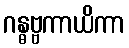
ဂန္ဓဗ္ဗကာယိကာ